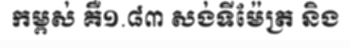
កម្ពស់ គឺ១.៨៣ សង់ទីម៉ែត្រ និង